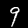
Digit: 9